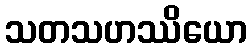
သတသဟဿိယော